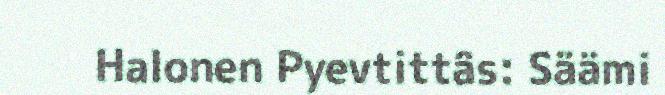
Halonen Pyevtittâs: Säämi